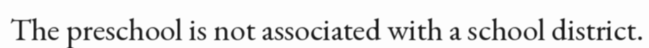
The preschool is not associated with a school district.